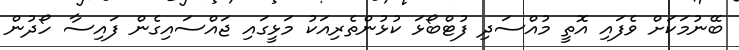
ބޭނުމަކަށް ވެފައި އޮތީ މުއްސަދި ފުޓްބޯޅަ ކުޅުންތެރިއަކު މަޅީގައި ޖައްސައިގެން ފައިސާ ހޯދުން